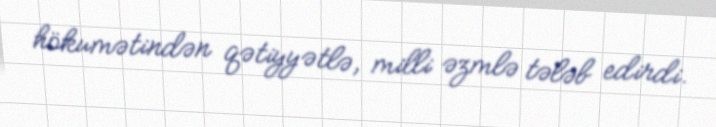
hökumətindən qətiyyətlə, milli əzmlə tələb edirdi.